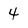
Character: 4